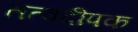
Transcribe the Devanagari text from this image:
तत्वदीपक